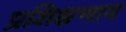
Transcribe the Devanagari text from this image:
प्रशिक्षणाय